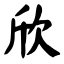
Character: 欣